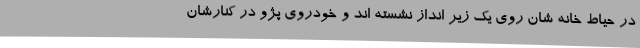
در حیاط خانه شان روی یک زیر انداز نشسته اند و خودروی پژو در کنارشان